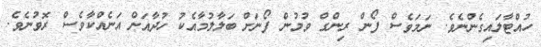
ހުއްޓާލައިގެންނެވެ. ނަމަވެސް ފޯން ރިންގް ވުމުން ފޯނަށް ބަލާލުމާއެކު ހުދާއަށް އަނެއްކާވެސް ރޮވުނެވެ.